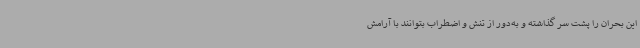
این بحران را پشت سر گذاشته و به‌دور از تنش و اضطراب بتوانند با آرامش